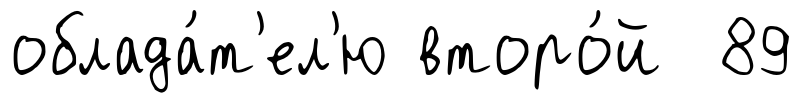
облада́т'ел'ю второ́й 89